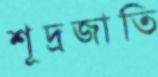
শূদ্রজাতি